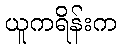
ယူကရိန်းက